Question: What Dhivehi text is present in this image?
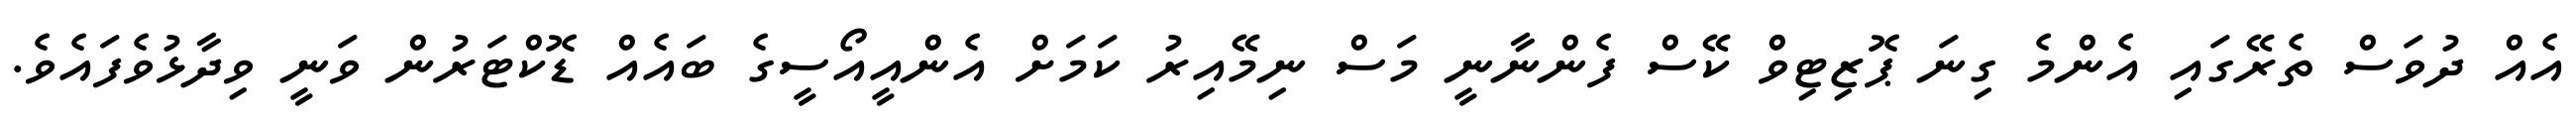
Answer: އެއް ދުވަސް ތެރޭގައި އެންމެ ގިނަ ޕޮޒިޓިވް ކޭސް ފެންނާނީ މަސް ނިމޭއިރު ކަމަށް އެންއީއޯސީގެ ބައެއް ޑޮކްޓަރުން ވަނީ ވިދާޅުވެފައެވެ.